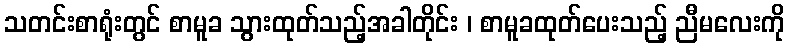
သတင်းစာရုံးတွင် စာမူခ သွားထုတ်သည့်အခါတိုင်း ၊ စာမူခထုတ်ပေးသည့် ညီမလေးကို